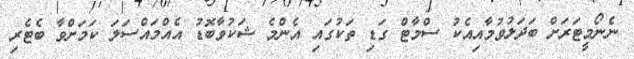
ނެނޯމީޓަރަށް ބަދަލުވުމާއިއެކު ސްމާޓް ގަޑި ތަކުގައި އެންމެ ޝަކުވާބޮޑު އެއްމައްސަލަ ކަމަށްވާ ބެޓެރި